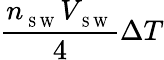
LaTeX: \frac{n_{_{\mathrm{~S~W~}}}V_{_{\mathrm{~S~W~}}}}{4}\Delta T